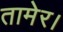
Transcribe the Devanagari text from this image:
तामेर।